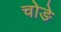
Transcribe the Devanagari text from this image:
चोङे